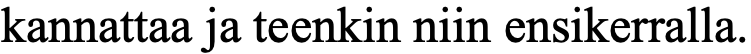
kannattaa ja teenkin niin ensikerralla.